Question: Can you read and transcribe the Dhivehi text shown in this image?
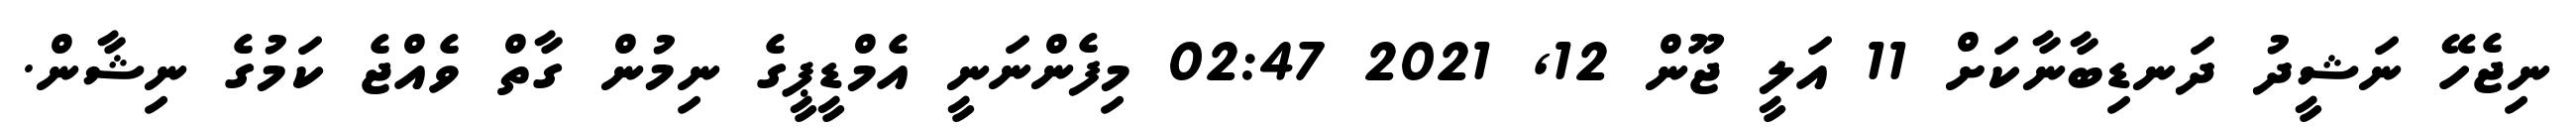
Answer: ނިޖެހޭ ނަޝީދު ދަނޑިބާނާކަށް 11 އަލީ ޖޫން 12, 2021 02:47 މިފެންނަނީ އެމްޑީޕީގެ ނިމުން ގާތް ވެއްޖެ ކަމުގެ ނިޝާން.